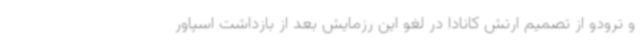
و ترودو از تصمیم ارتش کانادا در لغو این رزمایش بعد از بازداشت اسپاور